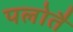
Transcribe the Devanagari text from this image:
पलोतै